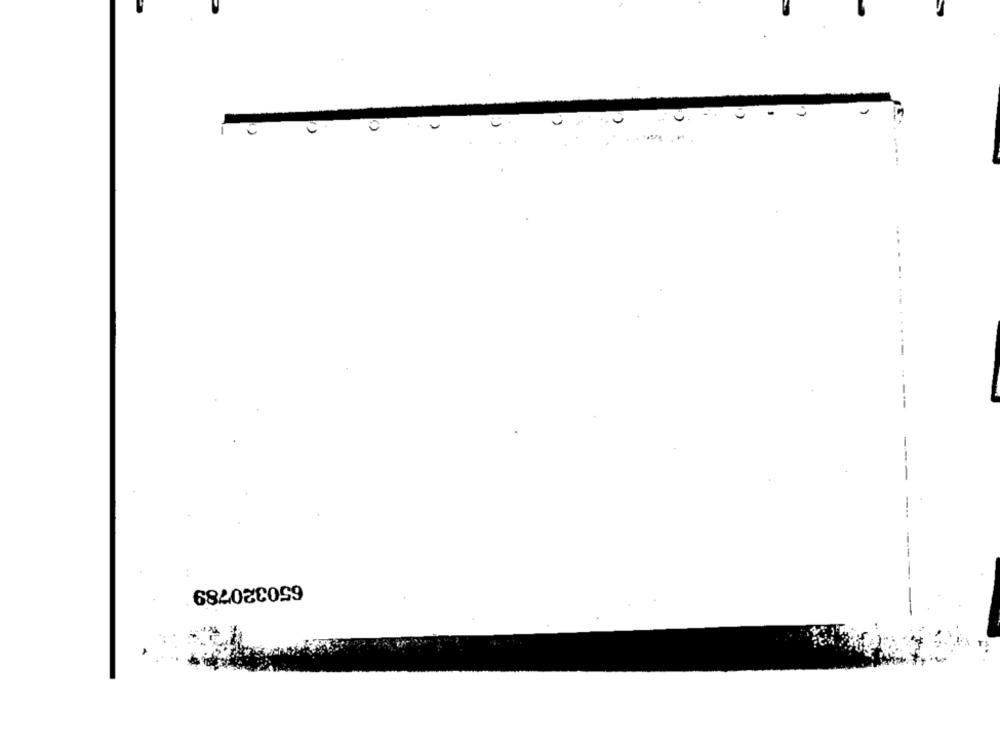
. ..
...
--
----
650320789